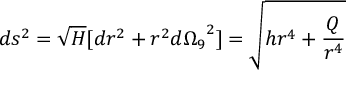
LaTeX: d s ^ { 2 } = \sqrt { H } [ d r ^ { 2 } + r ^ { 2 } { d \Omega _ { 9 } } ^ { 2 } ] = \sqrt { h r ^ { 4 } + \frac { Q } { r ^ { 4 } } }